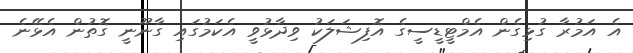
އެ އަމުރާ ގުޅިގެން އެމްޓީޑީސީގެ އޮފިޝަލަކު ވިދާޅުވީ އެކަމުގައި ގާނޫނީ ގޮތުން އެޅޭނެ